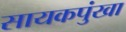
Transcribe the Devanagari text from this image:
सायकपुंखा